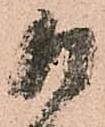
日